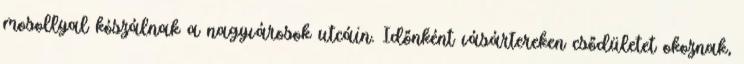
mosollyal kószálnak a nagyvárosok utcáin. Időnként vásártereken csődületet okoznak,